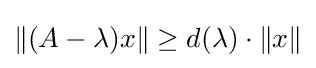
\Vert (A-\lambda )x\Vert \geq d(\lambda )\cdot \Vert x\Vert